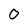
Character: 0